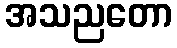
အသညတော